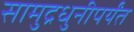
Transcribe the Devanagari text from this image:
सामुद्रधुनीपर्यंत